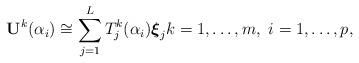
LaTeX: \begin{align*}{\bf U}^k(\alpha_i) \cong \displaystyle \sum_{j=1}^{L} T_j^k(\alpha_i) {\boldsymbol \xi}_j k=1, \ldots, m, \ i=1, \ldots, p,\end{align*}